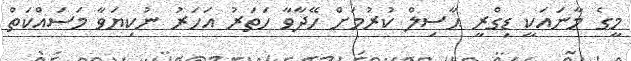
މީގެ މާނައަކީ ޑިގްރީ ޙާސިލް ކުރުމަށް ހޭދާވާ ހަތަރު އަހަރު ނުކިޔަވާ މަސައްކަތް